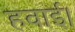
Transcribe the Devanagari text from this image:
हवाई।